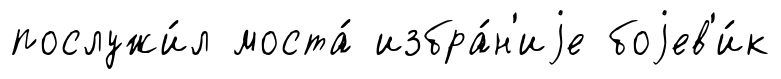
послужи́л моста́ избра́н'иjе боjев'и́к